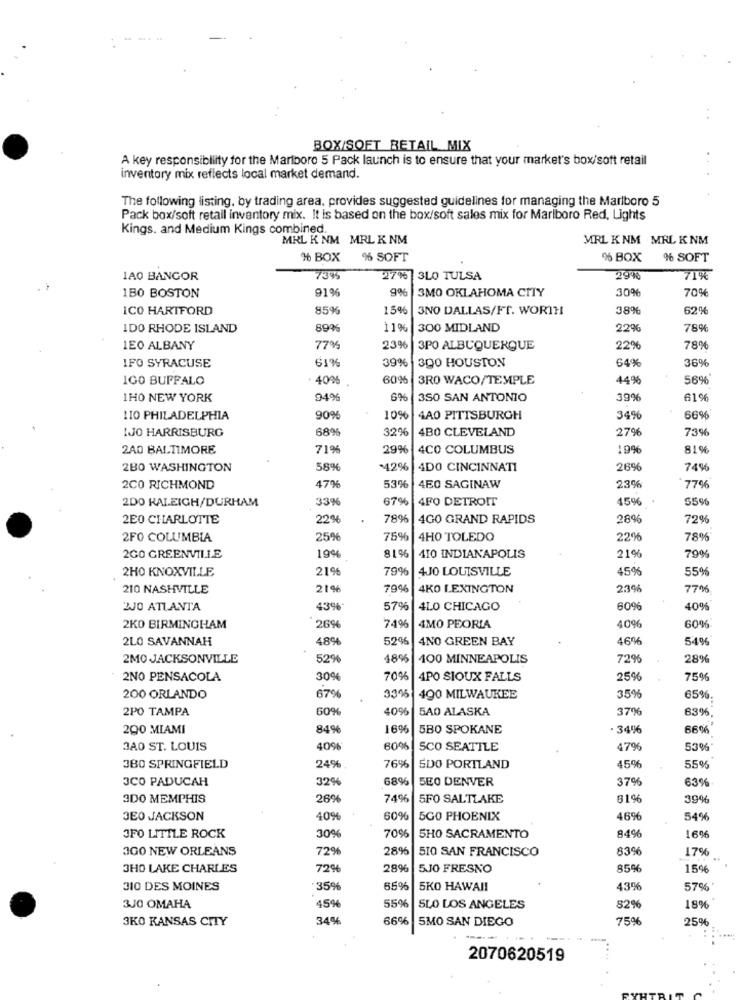
----
BOX/SOFT RETAIL MIX
A key responsiblity for the Marlboro 5 Pack launch is to ensure that your market's box/soft retail
inventory mix reflects local market demand.
The following listing, by trading area, provides suggested guidelines for managing the Marlboro 5
Pack box/soft retail inventory mix. It is based on the box/soft sales mix for Marlboro Red, Lights
Kings. and Medium Kings combined.
MRL K NM MRL K NM
MRL KNM MRL KNM
%% BOX
% SOFT
% BOX
% SOFT
1AO BANGOR
739%
27% 3LO TULSA
29%
71%
1B0 BOSTON
91%
9%
3MO OKLAHOMA CITY
30%
70%
ICO HARTFORD
85%
15%
3NO DALLAS/FT. WORTH
38%
62%
IDO RHODE ISLAND
89%
11%
300 MIDLAND
229
78%
LEO ALBANY
77%
23%
3PO ALBUQUERQUE
22%
78%
IFO SYRACUSE
617
39% |300 HOUSTON
36%
64%
IGO BUFFALO
40%
60%
3RO WACO/TEMPLE
44%
56%
1HO NEW YORK
94%
6%
350 SAN ANTONIO
399
61%
LIO PHILADELPHIA
90%
10%
4A0 PITTSBURGH
349
56%
IJO HARRISBURG
68%
32%
4BO CLEVELAND
279
73%
2A0 BALTIMORE
71%
29%
4CO COLUMBUS
199
81%
2BO WASHINGTON
58%
-42%
4DO CINCINNATI
26%
74%
2CO RICHMOND
47%
53%
450 SAGINAW
23%
77%
2DO RALEIGH/DURHAM
33%
67%
4FO DETROIT
15%
55%
2E0 CHARLOTTE
22%
78%
4GO GRAND RAPIDS
28%
72%
2FO COLUMBIA
25%
75%
4HO TOLEDO
22%
78%
81%
21%
79%
2GO GREENVILLE
19%
410 INDIANAPOLIS
2HO KNOXVILLE
21%
79%
4JO LOUISVILLE
45%
55%
210 NASHVILLE
21%
79%
4KO LEXINGTON
2.3%
7706
2JO ATLANTA
43%
57%
4LO CHICAGO
60%
40%
2KO BIRMINGHAM
26%
74%
4MO PEORIA
409
60%
2LO SAVANNAH
48%
5296
4NO GREEN BAY
46%
5.4%
2MO JACKSONVILLE
52%
48%
400 MINNEAPOLIS
726
28%
2NO PENSACOLA
30%
70%
4PO SIOUX FALLS
25%
75%
3.395
200 ORLANDO
67%
490 MILWAUKEE
35%
65%
2PO TAMPA
60%
40%
5A0 ALASKA
37%
83%
290 MIAMI
84%
169
5BO SPOKANE
. 34%
66%
3AO ST. LOUIS
40%
60%
SCO SEATTLE
47%
53%
380 SPRINGFIELD
24%
76%
5DO PORTLAND
45%
55%
3CO PADUCAH
32%
68%
5E0 DENVER
37%
63%
3DO MEMPHIS
26%
74%
5FO SALTLAKE
61%
39%
JEO JACKSON
40%
60%
5GO PHOENIX
46%
54%
7096
JFO LITTLE ROCK
30%
5HO SACRAMENTO
84%
16%
3GO NEW ORLEANS
72%
28%
510 SAN FRANCISCO
839
17%
3HO LAKE CHARLES
72%
289
5JO FRESNO
85%
15%6
310 DES MOINES
:35%
65%
5KO HAWAII
43%
57%'
3JO OMAHA
45%
55
SLO LOS ANGELES
82%
18%
3KO KANSAS CITY
34%
66%
5MO SAN DIEGO
75%
25%
--
2070620519